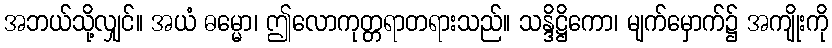
အဘယ်သို့လျှင်။ အယံ ဓမ္မော၊ ဤလောကုတ္တရာတရားသည်။ သန္ဒိဋ္ဌိကော၊ မျက်မှောက်၌ အကျိုးကို